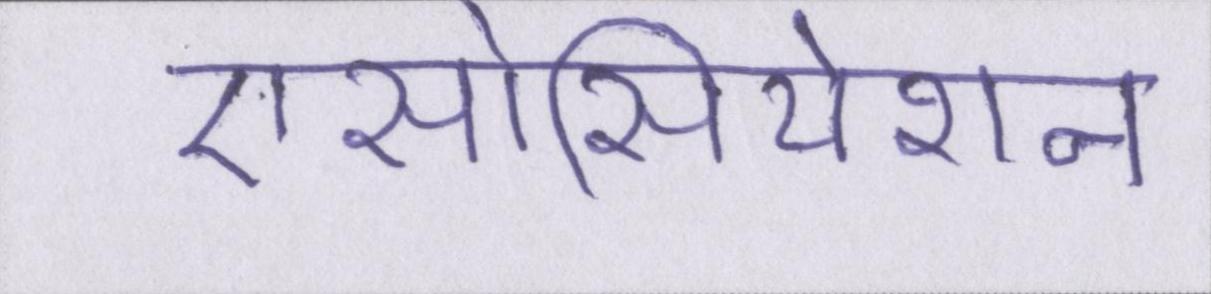
एसोसियेशन